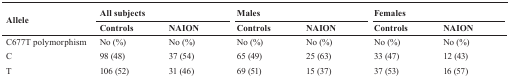
<table><thead><tr><td rowspan="2"><b>Allele</b></td><td colspan="2"><b>All subjects</b></td><td colspan="2"><b>Males</b></td><td colspan="2"><b>Females</b></td></tr><tr><td><b>Controls</b></td><td><b>NAION</b></td><td><b>Controls</b></td><td><b>NAION</b></td><td><b>Controls</b></td><td><b>NAION</b></td></tr></thead><tbody><tr><td>C677T polymorphism</td><td>No (%)</td><td>No (%)</td><td>No (%)</td><td>No (%)</td><td>No (%)</td><td>No (%)</td></tr><tr><td>C</td><td>98 (48)</td><td>37 (54)</td><td>65 (49)</td><td>25 (63)</td><td>33 (47)</td><td>12 (43)</td></tr><tr><td>T</td><td>106 (52)</td><td>31 (46)</td><td>69 (51)</td><td>15 (37)</td><td>37 (53)</td><td>16 (57)</td></tr></tbody></table>